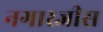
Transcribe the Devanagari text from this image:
नगारजीस